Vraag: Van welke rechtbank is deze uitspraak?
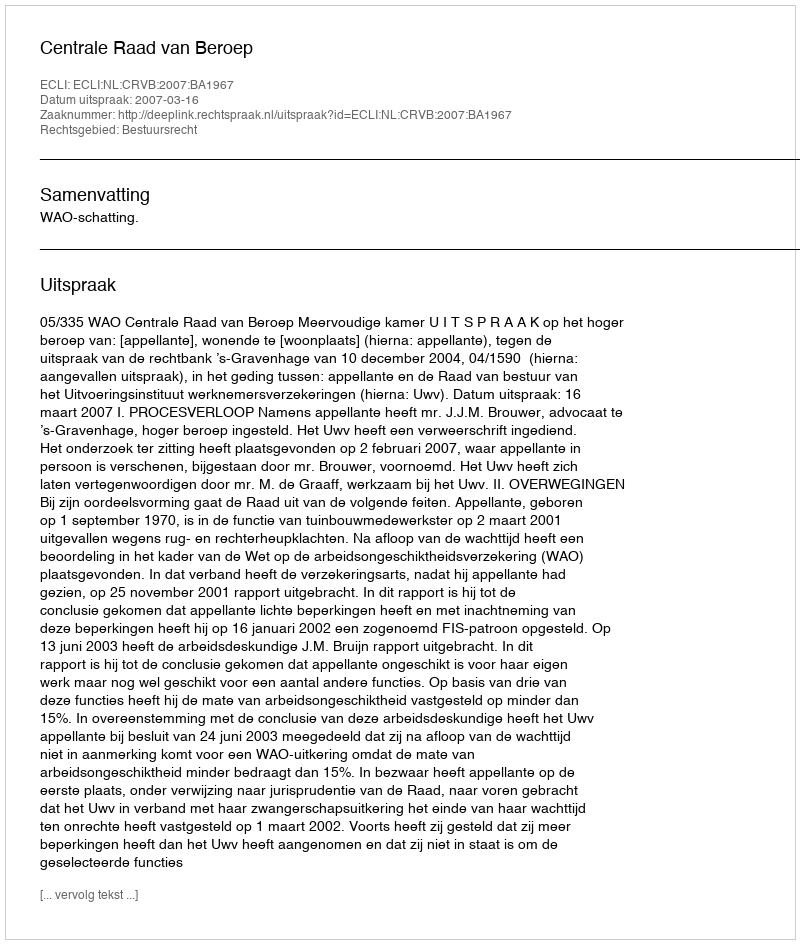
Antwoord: Centrale Raad van Beroep